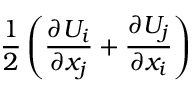
\frac { 1 } { 2 } \left( \frac { \partial U _ { i } } { \partial x _ { j } } + \frac { \partial U _ { j } } { \partial x _ { i } } \right)